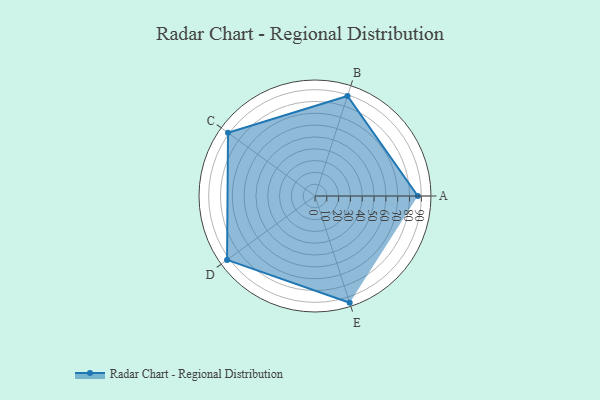
{"axis": {"x": "Skill", "y": "Score"}, "legend": ["Profile"], "data": [{"x": "A", "y": 87.0, "type": "Profile"}, {"x": "B", "y": 89.0, "type": "Profile"}, {"x": "C", "y": 91.0, "type": "Profile"}, {"x": "D", "y": 92.0, "type": "Profile"}, {"x": "E", "y": 95.0, "type": "Profile"}]}